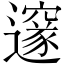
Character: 邃